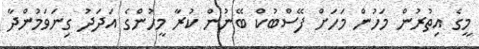
މީގެ އިތުރުން މަހުން މަހަށް ފޭސްބުކް ބޭނުން ކުރާ މީހުންގެ އަދަދު ގިނަވަމުންދާ